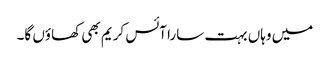
میں وہاں بہت سارا آئس کریم بھی کھاؤں گا۔